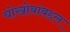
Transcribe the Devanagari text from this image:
चोखोबांबद्दल